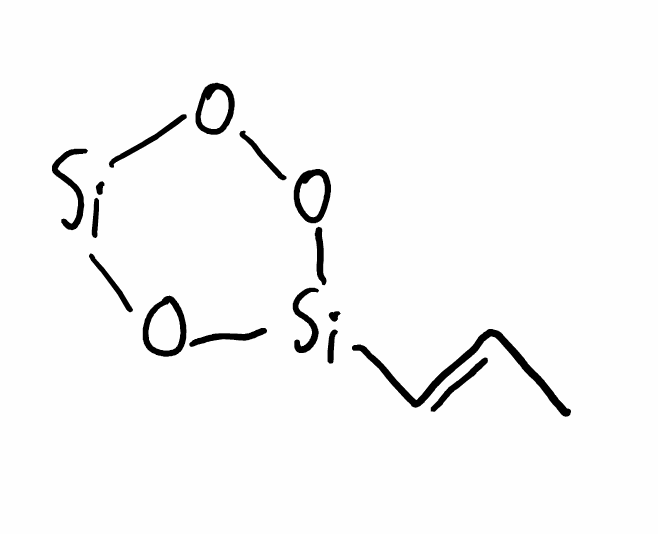
Simplified molecular-input line-entry system (SMILES) notation of the given molecule:
C/C=C/[Si]1OO[Si]O1